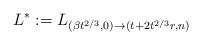
LaTeX: \begin{align*} L^*:=L_{(\beta{t}^{2/3},0)\to({t}+2{t}^{2/3}r,n)} \end{align*}